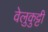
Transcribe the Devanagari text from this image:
वेलुकुट्टी